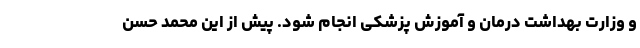
و وزارت بهداشت درمان و آموزش پزشکی انجام شود. پیش از این محمد حسن